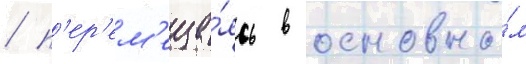
/ п'ер'ем'еща́ясь в основно́м